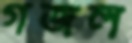
গজল